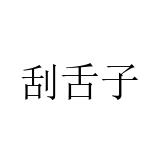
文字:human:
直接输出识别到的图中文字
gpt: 刮舌子